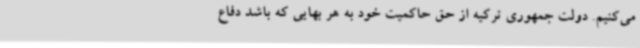
می‌کنیم. دولت جمهوری ترکیه از حق حاکمیت خود به هر بهایی که باشد دفاع